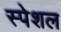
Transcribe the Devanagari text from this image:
स्‍पेशल